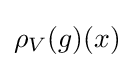
\rho _{V}(g)(x)